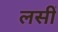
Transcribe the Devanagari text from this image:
लसीं